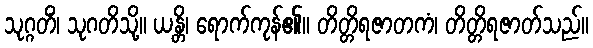
သုဂ္ဂတိံ၊ သုဂတိသို့။ ယန္တိ၊ ရောက်ကုန်၏။ တိတ္တိရဇာတကံ၊ တိတ္တိရဇာတ်သည်။